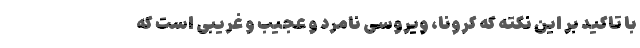
با تاکید بر این نکته که کرونا، ویروسی نامرد و عجیب و غریبی است که